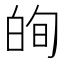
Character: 𭽕